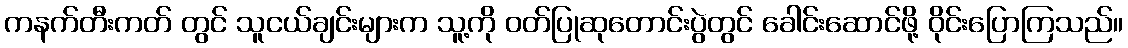
ကနက်တီးကတ် တွင် သူငယ်ချင်းများက သူ့ကို ဝတ်ပြုဆုတောင်းပွဲတွင် ခေါင်းဆောင်ဖို့ ဝိုင်းပြောကြသည်။